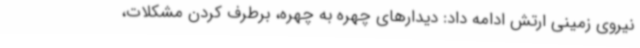
نیروی زمینی ارتش ادامه داد: دیدارهای چهره به چهره، برطرف کردن مشکلات،